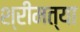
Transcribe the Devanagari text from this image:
श्रीमत्या